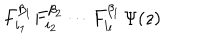
F _ { i _ { 1 } } ^ { \beta _ { 1 } } F _ { i _ { 2 } } ^ { \beta _ { 2 } } \cdots F _ { i _ { l } } ^ { \beta _ { l } } \, \Psi ( z )